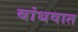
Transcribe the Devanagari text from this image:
बांधवात